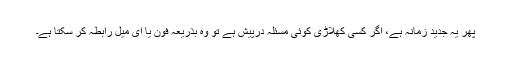
پھر یہ جدید زمانہ ہے، اگر کسی کھلاڑی کوئی مسئلہ درپیش ہے تو وہ بذریعہ فون یا ای میل رابطہ کر سکتا ہے۔